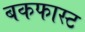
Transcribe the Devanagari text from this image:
बकफास्ट